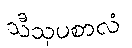
သီသုပစာလံ